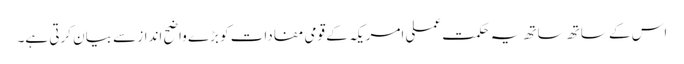
اس کے ساتھ ساتھ یہ حکمت عملی امریکہ کے قومی مفادات کو بڑے واضح انداز سے بیان کرتی ہے۔